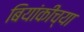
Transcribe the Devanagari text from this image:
बियांकीच्या